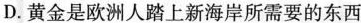
D.黄金是欧洲人踏上新海岸所需要的东西